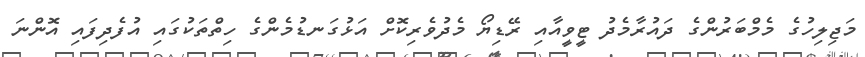
މަޖިލިހުގެ މެމްބަރުންގެ ދައުރާމެދު ޓީވީއާއި ރޭޑިޔޯ މެދުވެރިކޮށް އަޅުގަނޑުމެންގެ ހިތްތަކުގައި އުފެދިފައި އޮންނަ